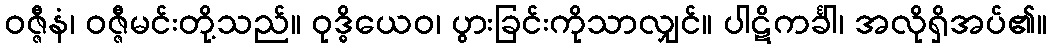
ဝဇ္ဇီနံ၊ ဝဇ္ဇီမင်းတို့သည်။ ဝုဒ္ဓိယေဝ၊ ပွားခြင်းကိုသာလျှင်။ ပါဋိကင်္ခါ၊ အလိုရှိအပ်၏။